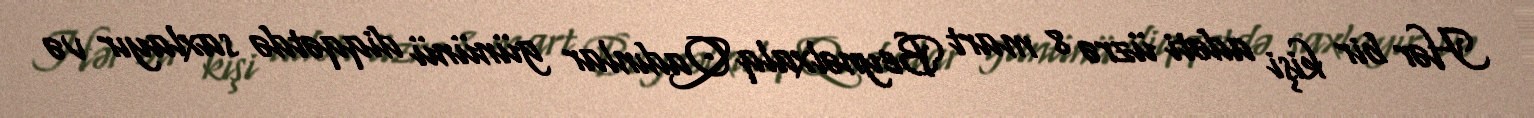
Hər bir kişi adəti üzrə 8 mart Beynəlxalq Qadınlar gününü diqqətdə saxlayır və